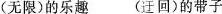
(无限)的乐趣 (迂回)的带子